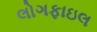
લોગફાઇલ